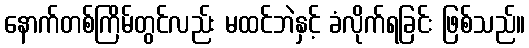
နောက်တစ်ကြိမ်တွင်လည်း မထင်ဘဲနှင့် ခံလိုက်ရခြင်း ဖြစ်သည်။